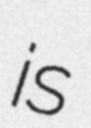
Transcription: is